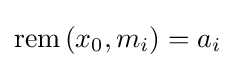
\mathrm {rem} \left(x_{0},m_{i}\right)=a_{i}